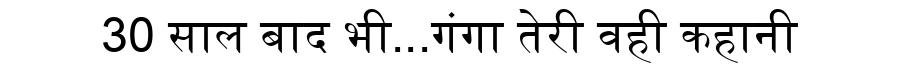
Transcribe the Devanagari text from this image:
30 साल बाद भी...गंगा तेरी वही कहानी